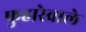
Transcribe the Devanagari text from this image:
फुहारेवाले